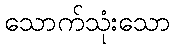
သောက်သုံးသော